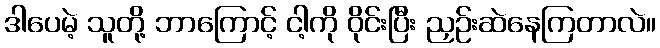
ဒါပေမဲ့ သူတို့ ဘာကြောင့် ငါ့ကို ဝိုင်းပြီး ညှဉ်းဆဲနေကြတာလဲ။